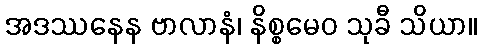
အဒဿနေန ဗာလာနံ၊ နိစ္စမေဝ သုခီ သိယာ။